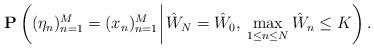
LaTeX: \begin{align*}\mathbf{P}\left((\eta_n)_{n=1}^{M}=(x_n)_{n=1}^{M}\:\vline\:\hat{W}_N=\hat{W}_0,\:\max_{1\leq n\leq N}\hat{W}_n\leq K\right).\end{align*}